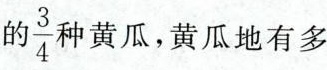
的\frac{3}{4}中黄瓜，黄瓜地有多